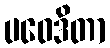
ပဝေဒိတာ